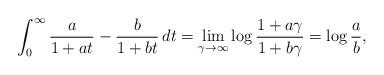
LaTeX: \begin{align*} \int_0^{\infty} \frac{a}{1+at} - \frac{b}{1+bt} \, dt = \lim_{\gamma \to \infty} \log \frac{1+a\gamma}{1+b\gamma} = \log \frac{a}{b},\end{align*}